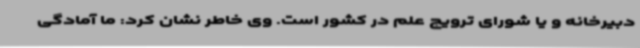
دبیرخانه و یا شورای ترویج علم در کشور است. وی خاطر نشان کرد: ما آمادگی